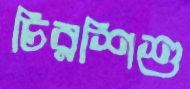
চিরশিশু